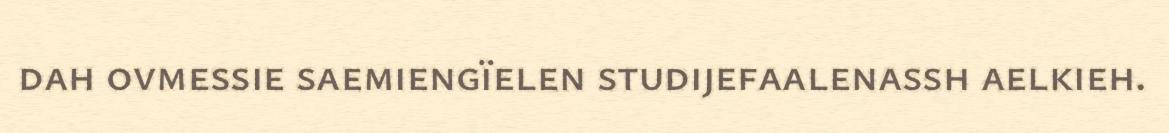
dah ovmessie saemiengïelen studijefaalenassh aelkieh.